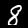
Label: 8